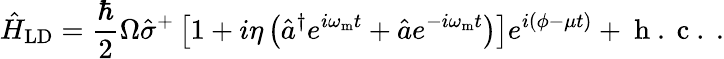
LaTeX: \hat{H}_{\mathrm{LD}}=\frac{\hbar}{2}\Omega\hat{\sigma}^{+}\left[1+i\eta\left(\hat{a}^{\dagger}e^{i\omega_{\mathrm{m}}t}+\hat{a}e^{-i\omega_{\mathrm{m}}t}\right)\right]e^{i(\phi-\mu t)}+\mathrm{~h~.~c~.~}.